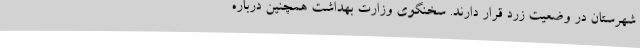
شهرستان در وضعیت زرد قرار دارند. سخنگوی وزارت بهداشت همچنین درباره